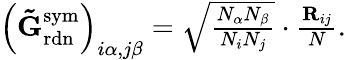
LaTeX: \begin{array}{r}{\left(\mathbf{\tilde{G}}_{\mathrm{rdn}}^{\mathrm{sym}}\right)_{i\alpha,j\beta}=\sqrt{\frac{N_{\alpha}N_{\beta}}{N_{i}N_{j}}}\cdot\frac{\mathbf{R}_{ij}}{N}.}\end{array}